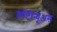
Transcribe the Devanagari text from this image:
काँटीन्यूअस